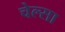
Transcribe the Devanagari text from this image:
चेल्सा